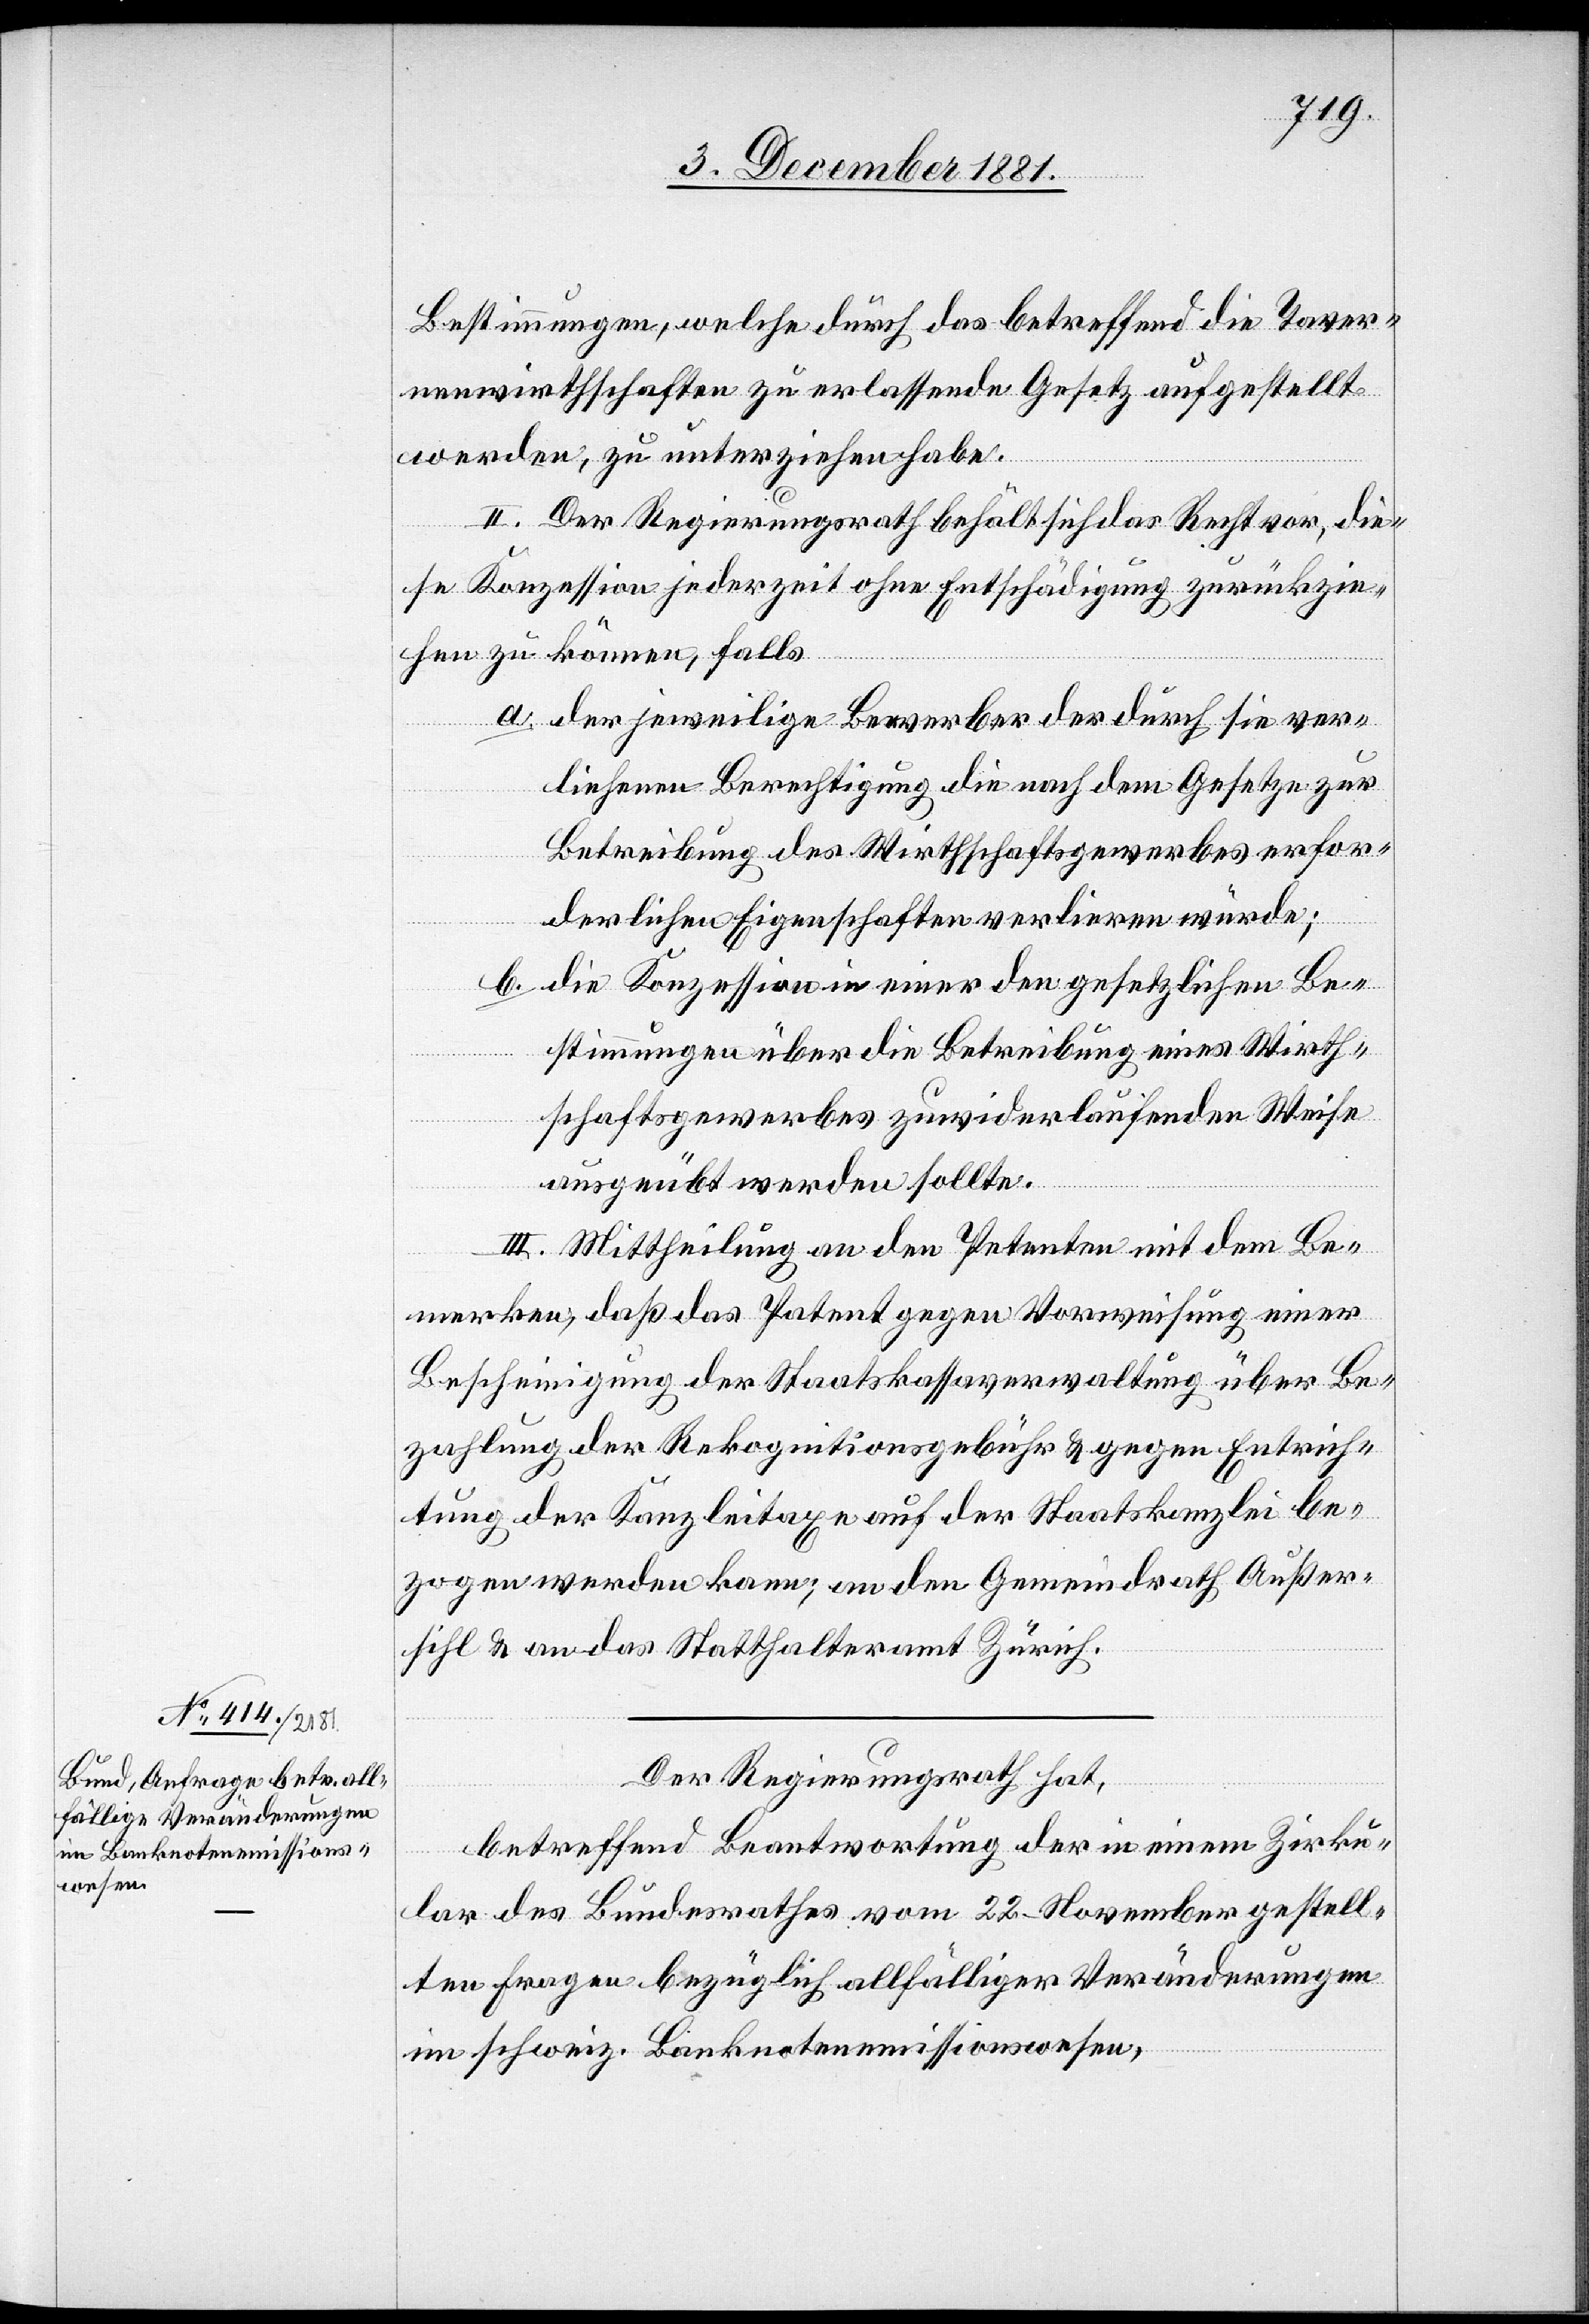
Bestimmungen, welche durch das betreffend die Taver¬
nenwirthschaften zu erlassenden Gesetz aufgestellt
werden, zu unterziehen habe.
II. Der Regierungsrath behält sich das Recht vor, die¬
se Konzession jederzeit ohne Entschädigung zurückzie¬
hen zu können, falls
a. der jeweilige Bewerber der durch sie ver¬
liehenen Berechtigung die nach dem Gesetze zur
Betreibung des Wirthschaftsgewerbes erfor¬
derlichen Eigenschaften verlieren würde;
b.
die Konzession in einer den gesetzlichen Be¬
stimmungen über die Betreibung eines Wirth¬
schaftsgewerbes zuwiderlaufenden Weise
ausgeübt werden sollte.
III. Mittheilung an den Petenten mit dem Be¬
merken, daß das Patent gegen Vorweisung einer
Bescheinigung der Staatskassaverwaltung über Be¬
zahlung der Rekognitionsgebühr & gegen Entrich¬
tung der Kanzleitaxe auf der Staatskanzlei be¬
zogen werden kann; an den Gemeindrath Außer¬
sihl & an das Statthalteramt Zürich.
Der Regierungsrath hat,
betreffend Beantwortung der in einem Zirku¬
lar des Bundesrathes vom 22. November gestell¬
ten Frage bezüglich allfälliger Veränderungen
im schweiz. Banknotenemissionswesen,